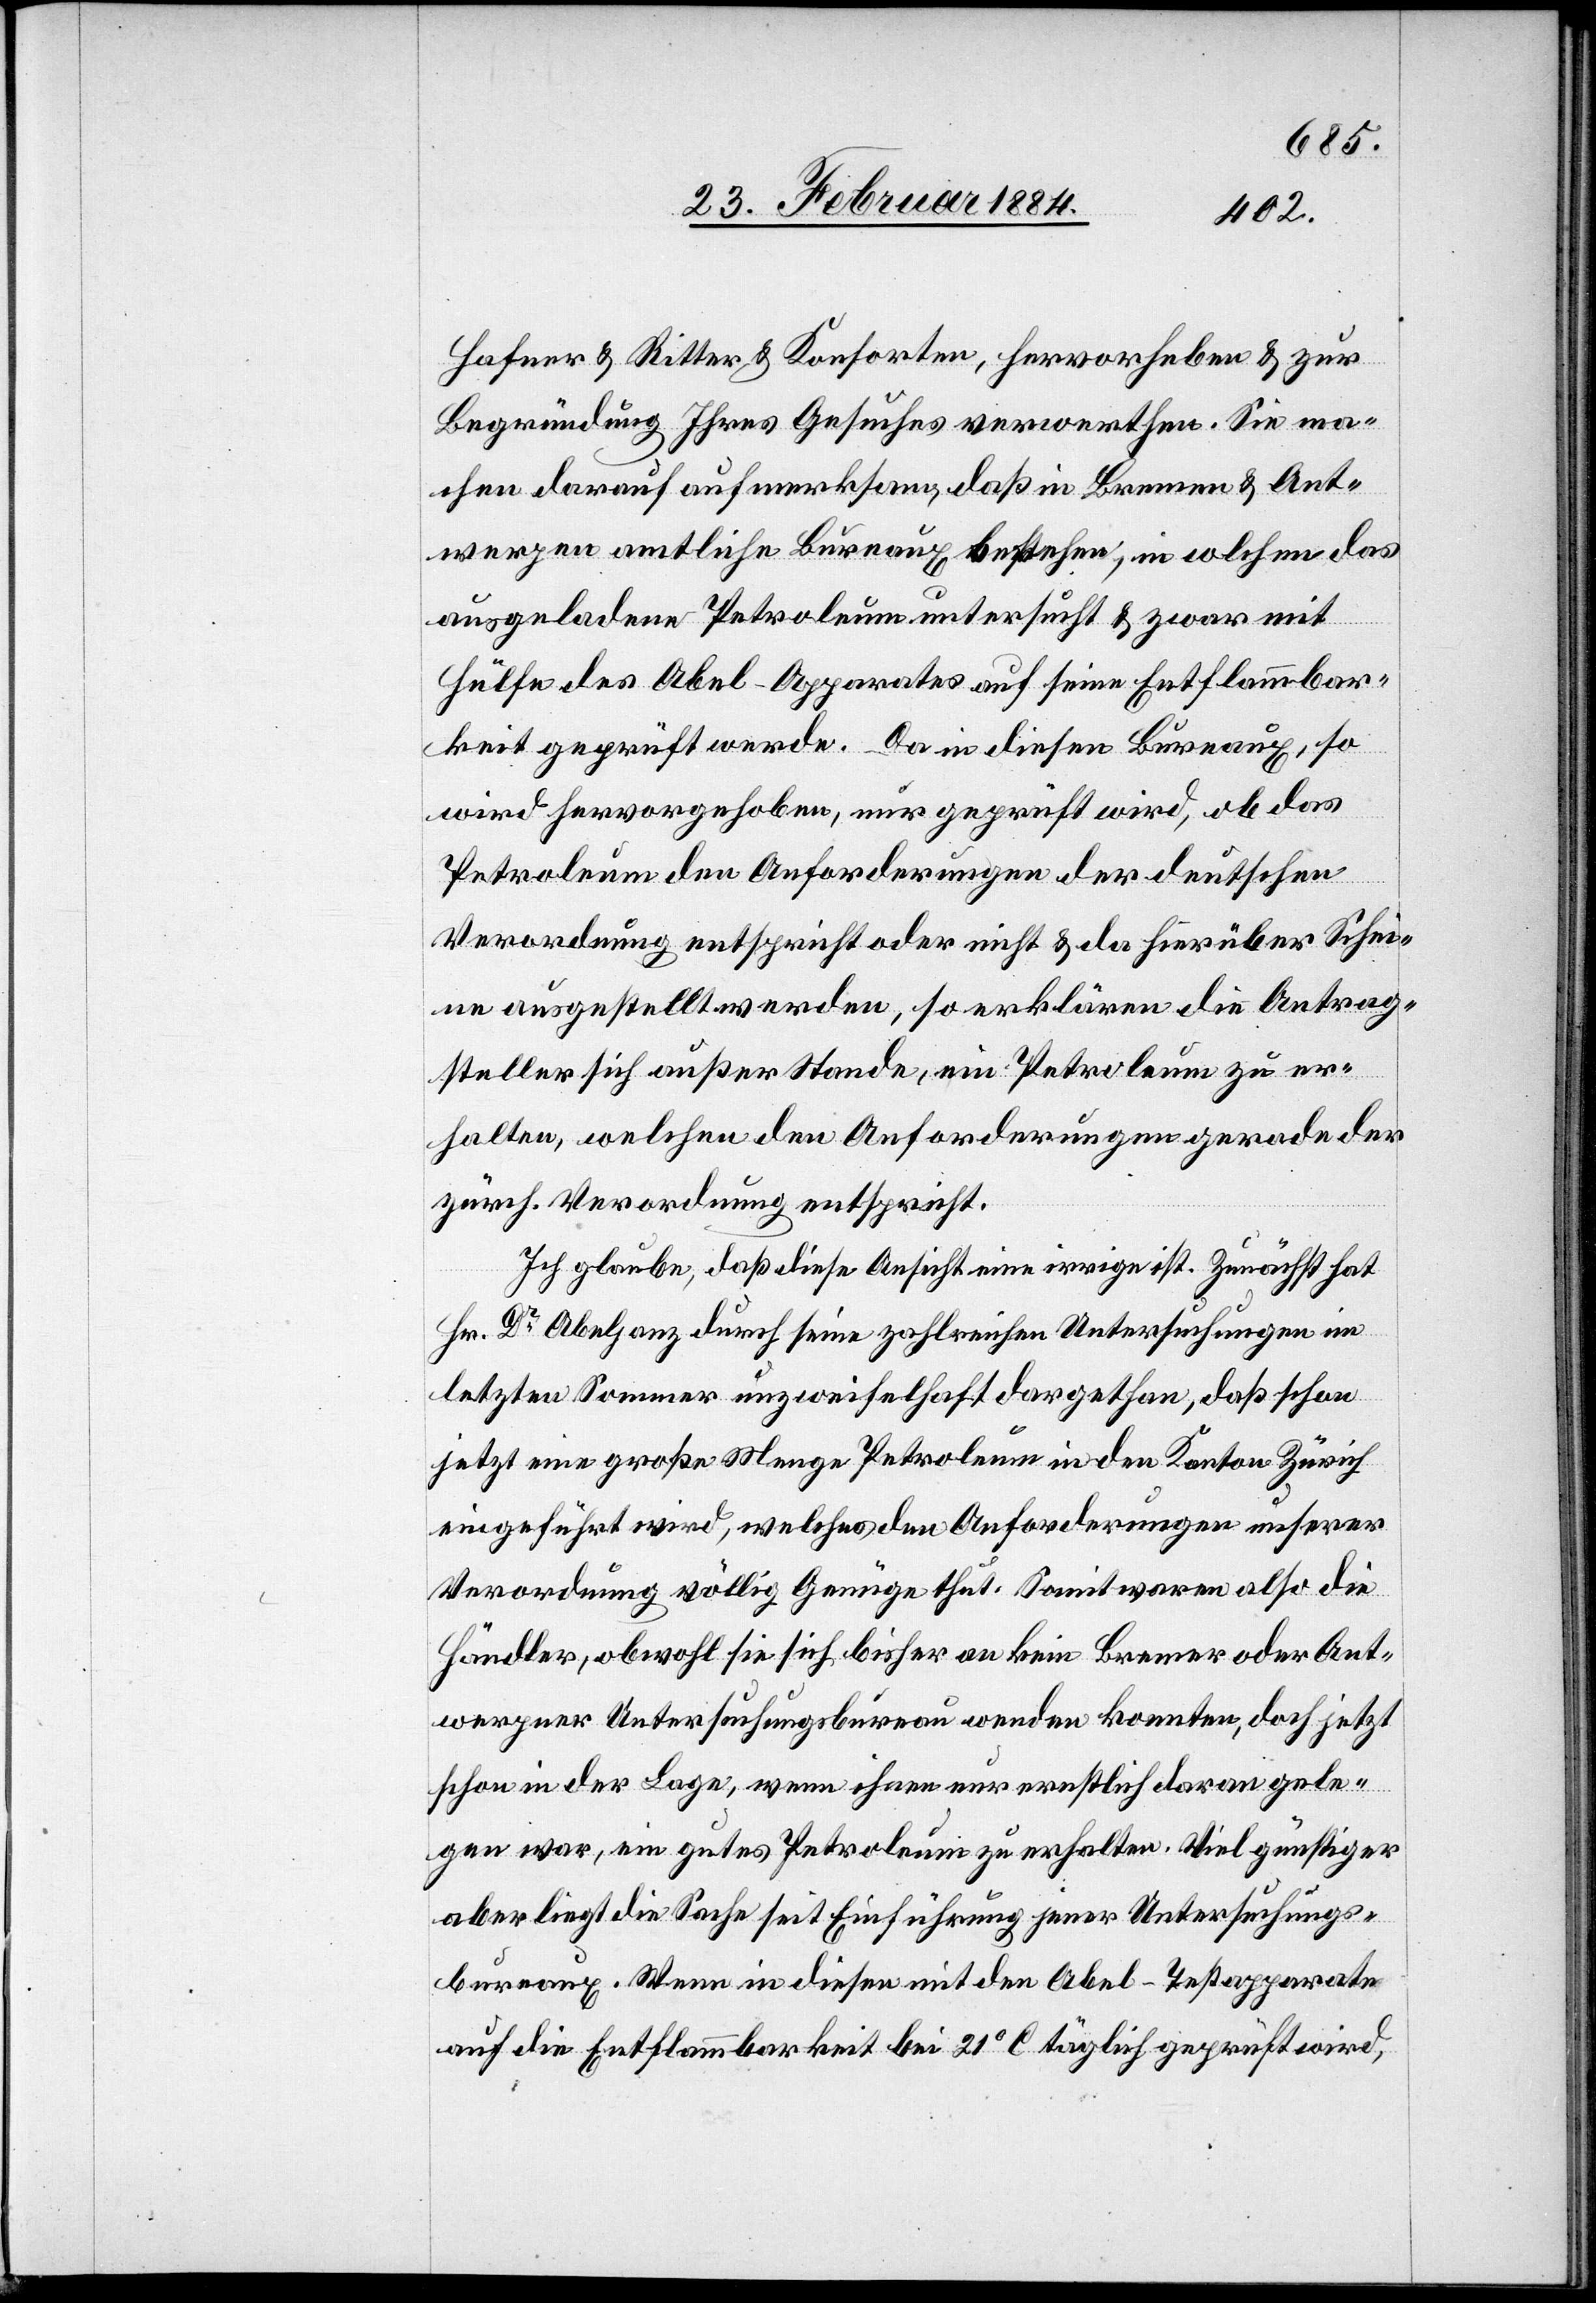
Hafner & Ritter & Konsorten, hervorheben & zur
Begründung Ihres Gesuches verorthen. Sie ma¬
chen darauf aufmerksam, daß in Bremen & Ant¬
werpen amtliche Bureaux bestehen, in welchen das
ausgeladene Petroleum untersucht & zwar mit
Hülfe des Abel-Apparates auf seine Entflammbar¬
keit geprüft werde. Da in diesen Bureaux, so
wird hervorgehoben, nur geprüft wird, ob das
Petroleum den Anforderungen der deutschen
Verordnung entspricht oder nicht & da hierüber Schei¬
ne ausgestellt werden, so erklären die Antrag¬
steller sich außer Stande, ein Petroleum zu er¬
halten, welches den Anforderungen gerade der
zürch. Verordnung entspricht.
Ich glaube, daß diese Ansicht eine irrige ist. Zunächst hat
Hr. Dr Abeljanz durch seine zahlreichen Untersuchungen im
letzten Sommer unzweifelhaft dargethan, daß schon
jetzt eine große Menge Petroleum in den Kanton Zürich
eingeführt wird, welches den Anforderungen unserer
Verordnung völlig Genüge thun. Somit waren also die
Händler, obwohl sie sich bisher an kein Bremer oder Ant¬
werper Untersuchungsbureau wenden konnten, doch jetzt
schon in der Lage, wenn ihnen nur ernstlich daran gele¬
gen war, ein gutes Petroleum zu erhalten. Viel günstiger
aber liegt die Sache seit Einführung jener Untersuchungs¬
bureaux. Wenn in diesen mit dem Abel-Testapparate
auf die Entflammbarkeit bei 21° C täglich geprüft wird,